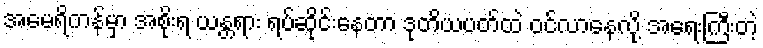
အမေရိကန်မှာ အစိုးရ ယန္တရား ရပ်ဆိုင်းနေတာ ဒုတိယပတ်ထဲ ဝင်လာနေလို့ အရေးကြီးတဲ့